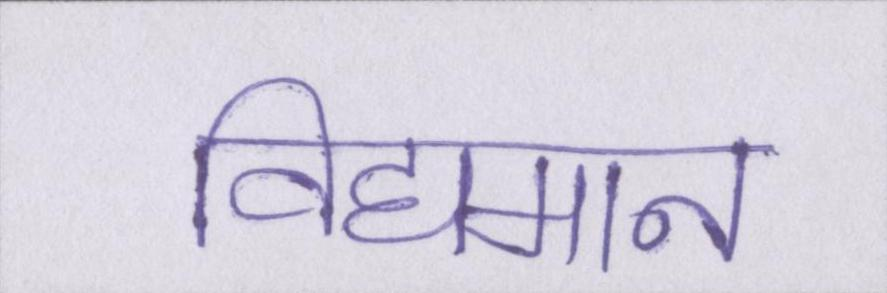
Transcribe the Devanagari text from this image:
विद्यमान